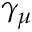
\gamma _ { \mu }